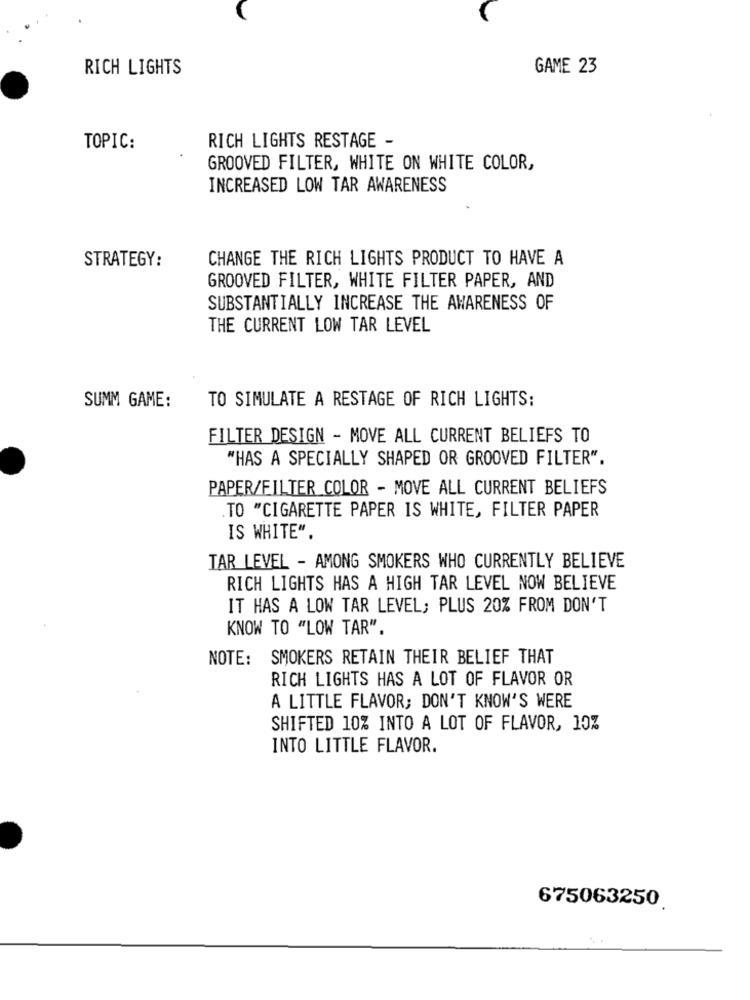
RICH LIGHTS
GAME 23
TOPIC:
RICH LIGHTS RESTAGE -
GROOVED FILTER, WHITE ON WHITE COLOR,
INCREASED LOW TAR AWARENESS
CHANGE THE RICH LIGHTS PRODUCT TO HAVE A
STRATEGY:
GROOVED FILTER, WHITE FILTER PAPER, AND
SUBSTANTIALLY INCREASE THE AWARENESS OF
THE CURRENT LOW TAR LEVEL
SUMM GAME:
TO SIMULATE A RESTAGE OF RICH LIGHTS:
FILTER DESIGN - MOVE ALL CURRENT BELIEFS TO
"HAS A SPECIALLY SHAPED OR GROOVED FILTER".
PAPER/FILTER COLOR - MOVE ALL CURRENT BELIEFS
TO "CIGARETTE PAPER IS WHITE, FILTER PAPER
IS WHITE".
TAR LEVEL - AMONG SMOKERS WHO CURRENTLY BELIEVE
RICH LIGHTS HAS A HIGH TAR LEVEL NOW BELIEVE
IT HAS A LOW TAR LEVEL; PLUS 20% FROM DON'T
KNOW TO "LOW TAR".
NOTE: SMOKERS RETAIN THEIR BELIEF THAT
RICH LIGHTS HAS A LOT OF FLAVOR OR
A LITTLE FLAVOR; DON'T KNOW'S WERE
SHIFTED 10% INTO A LOT OF FLAVOR, 10%
INTO LITTLE FLAVOR.
675063250